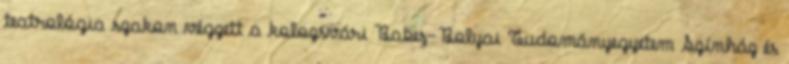
teatrológia szakon végzett a kolozsvári Babeş-Bolyai Tudományegyetem Színház és